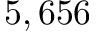
5 , 6 5 6